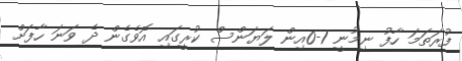
ފުރަތަމަ ހާފު ނިމުނީ 1-0އިން ލަޔަންސް ކުރީގައި އޮވެގެން ދެ ވަނަ ހާފަށް